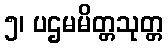
၅၊ ပဌမမိတ္တသုတ္တ